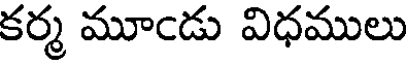
కర్మ మూండు విధములు